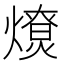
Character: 𤐗